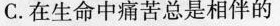
C.在生命中痛苦总是相伴的